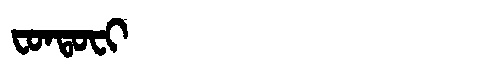
Manchu: ᠸᠣᠨᡨᠣᠸᡳ
Romanization: FONTOFI